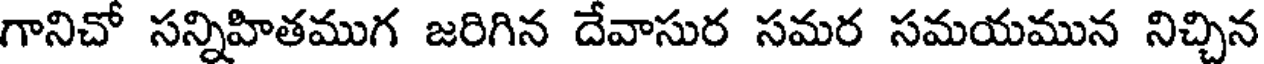
గానిచో సన్నిహితముగ జరిగిన దేవాసుర సమర సమయమున నిచ్చిన